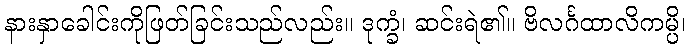
နားနှာခေါင်းကိုဖြတ်ခြင်းသည်လည်း။ ဒုက္ခံ၊ ဆင်းရဲ၏။ ဗိလင်္ဂထာလိကမ္ပိ၊